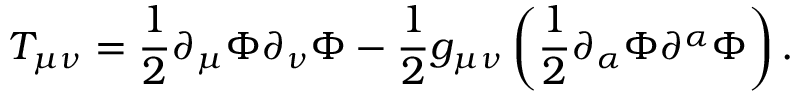
T _ { \mu \nu } = \frac { 1 } { 2 } \partial _ { \mu } \Phi \partial _ { \nu } \Phi - \frac { 1 } { 2 } g _ { \mu \nu } \left( \frac { 1 } { 2 } \partial _ { \alpha } \Phi \partial ^ { \alpha } \Phi \right) .